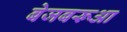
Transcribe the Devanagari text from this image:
बेजबरूआ